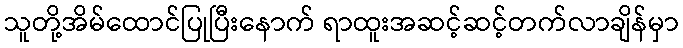
သူတို့အိမ်ထောင်ပြုပြီးနောက် ရာထူးအဆင့်ဆင့်တက်လာချိန်မှာ